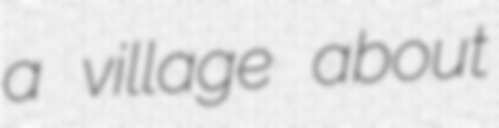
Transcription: a village about